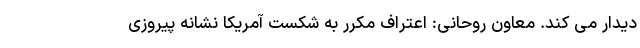
دیدار می کند. معاون روحانی: اعتراف مکرر به شکست آمریکا نشانه پیروزی